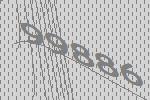
99886